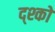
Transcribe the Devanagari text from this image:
द्श्कों